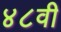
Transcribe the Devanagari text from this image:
४८वी